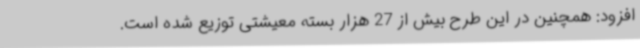
افزود: همچنین در این طرح بیش از 27 هزار بسته معیشتی توزیع شده است.